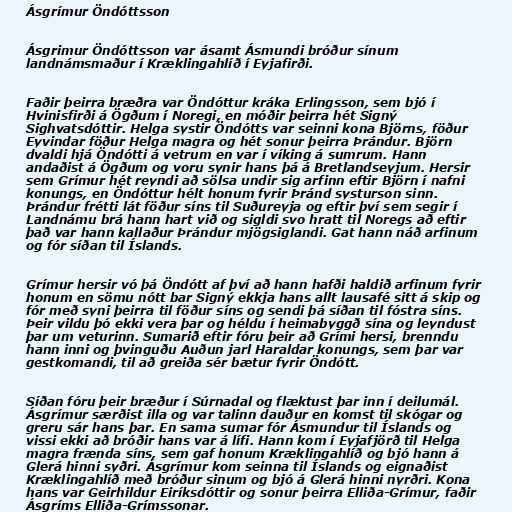
Ásgrímur Öndóttsson

Ásgrimur Öndóttsson var ásamt Ásmundi bróður sínum
landnámsmaður í Kræklingahlíð í Eyjafirði.

Faðir þeirra bræðra var Öndóttur kráka Erlingsson, sem bjó í
Hvinisfirði á Ögðum í Noregi, en móðir þeirra hét Signý
Sighvatsdóttir. Helga systir Öndótts var seinni kona Björns, föður
Eyvindar föður Helga magra og hét sonur þeirra Þrándur. Björn
dvaldi hjá Öndótti á vetrum en var í víking á sumrum. Hann
andaðist á Ögðum og voru synir hans þá á Bretlandseyjum. Hersir
sem Grímur hét reyndi að sölsa undir sig arfinn eftir Björn í nafni
konungs, en Öndóttur hélt honum fyrir Þránd systurson sinn.
Þrándur frétti lát föður síns til Suðureyja og eftir því sem segir í
Landnámu brá hann hart við og sigldi svo hratt til Noregs að eftir
það var hann kallaður Þrándur mjögsiglandi. Gat hann náð arfinum
og fór síðan til Íslands.

Grímur hersir vó þá Öndótt af því að hann hafði haldið arfinum fyrir
honum en sömu nótt bar Signý ekkja hans allt lausafé sitt á skip og
fór með syni þeirra til föður síns og sendi þá síðan til fóstra síns.
Þeir vildu þó ekki vera þar og héldu í heimabyggð sína og leyndust
þar um veturinn. Sumarið eftir fóru þeir að Grími hersi, brenndu
hann inni og þvinguðu Auðun jarl Haraldar konungs, sem þar var
gestkomandi, til að greiða sér bætur fyrir Öndótt.

Síðan fóru þeir bræður í Súrnadal og flæktust þar inn í deilumál.
Ásgrímur særðist illa og var talinn dauður en komst til skógar og
greru sár hans þar. En sama sumar fór Ásmundur til Íslands og
vissi ekki að bróðir hans var á lífi. Hann kom í Eyjafjörð til Helga
magra frænda síns, sem gaf honum Kræklingahlíð og bjó hann á
Glerá hinni syðri. Ásgrímur kom seinna til Íslands og eignaðist
Kræklingahlíð með bróður sinum og bjó á Glerá hinni nyrðri. Kona
hans var Geirhildur Eiríksdóttir og sonur þeirra Elliða-Grímur, faðir
Ásgríms Elliða-Grímssonar.